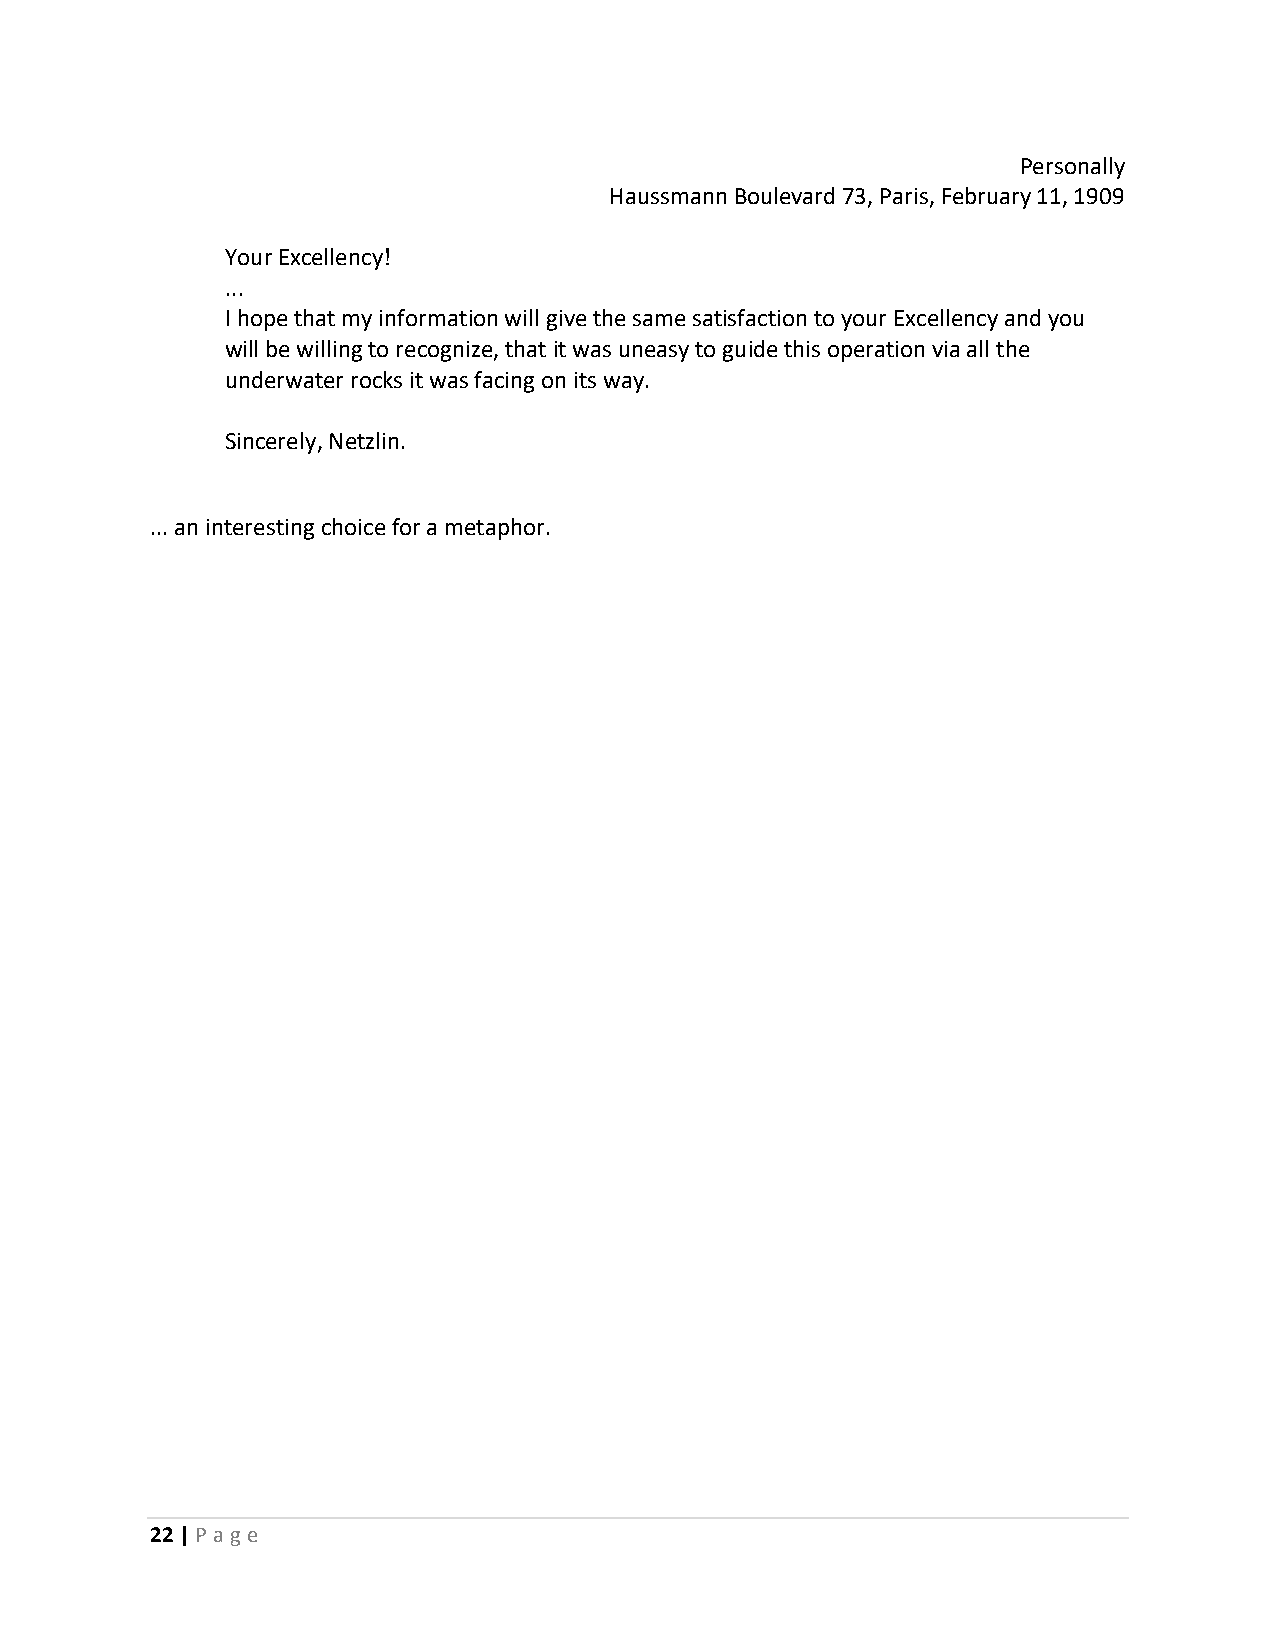
Personally
 Haussmann Boulevard 73, Paris, February 11, 1909
 Your Excellency!
 ...
 I hope that my information will give the same satisfaction to your Excellency and you
 will be willing to recognize, that it was uneasy to guide this operation via all the
 underwater rocks it was facing on its way.
 Sincerely, Netzlin.
 ... an interesting choice for a metaphor.
 22 | P age